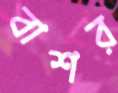
বাশর